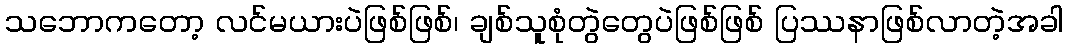
သဘောကတော့ လင်မယားပဲဖြစ်ဖြစ်၊ ချစ်သူစုံတွဲတွေပဲဖြစ်ဖြစ် ပြဿနာဖြစ်လာတဲ့အခါ